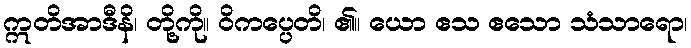
ဣတိအာဒီနိ၊ တို့ကို။ ဝိကပ္ပေတိ၊ ၏။ ယော ဧသ ဧသော သံသာရော၊